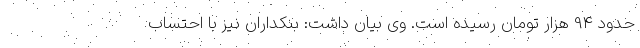
حدود 94 هزار تومان رسیده است. وی بیان داشت: بنکداران نیز با احتساب